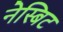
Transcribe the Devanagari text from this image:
नेस्बिट